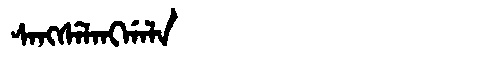
Manchu: ᠰᠠᠩᠰᡝᠯᠠᠩᡤᠠᠯᠠ
Romanization: SANGSELANGGALA